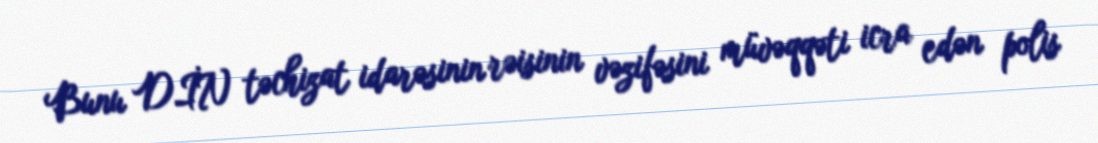
Bunu DİN təchizat idarəsinin rəisinin vəzifəsini müvəqqəti icra edən polis